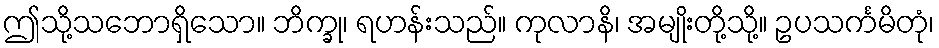
ဤသို့သဘောရှိသော။ ဘိက္ခု၊ ရဟန်းသည်။ ကုလာနိ၊ အမျိုးတို့သို့။ ဥပသင်္ကမိတုံ၊